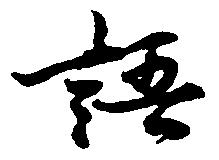
語